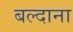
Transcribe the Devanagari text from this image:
बल्दाना